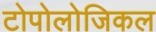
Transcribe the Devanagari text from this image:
टोपोलोजिकल